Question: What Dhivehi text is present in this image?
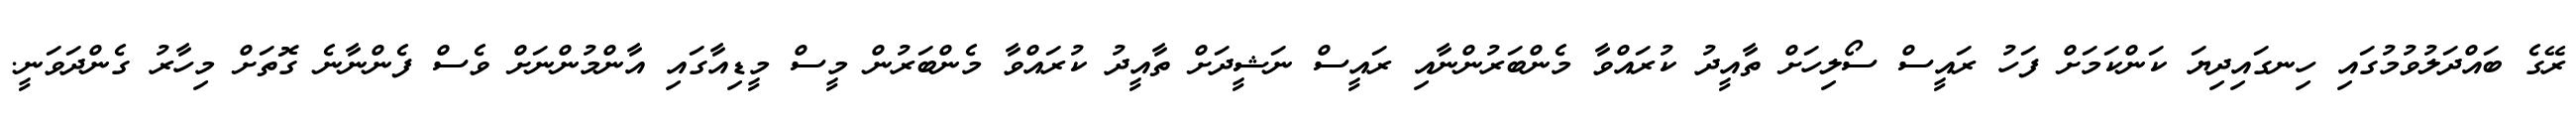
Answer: ރޭގެ ބައްދަލުވުމުގައި ހިނގައިދިޔަ ކަންކަމަށް ފަހު ރައީސް ސޯލިހަށް ތާއީދު ކުރައްވާ މެންބަރުންނާއި ރައީސް ނަޝީދަށް ތާއީދު ކުރައްވާ މެންބަރުން މީސް މީޑިއާގައި އާންމުންނަށް ވެސް ފެންނާނެ ގޮތަށް މިހާރު ގެންދަވަނީ.